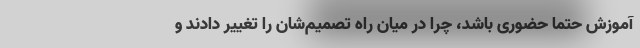
آموزش حتما حضوری باشد، چرا در میان راه تصمیم‌شان را تغییر دادند و